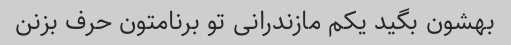
بهشون بگید یکم مازندرانی تو برنامتون حرف بزنن